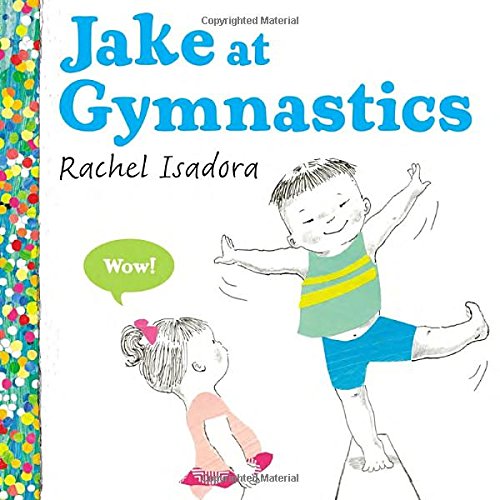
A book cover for Jake at Gymnastics; Rachel Isadora; Sports & Outdoors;